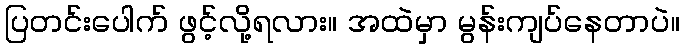
ပြတင်းပေါက် ဖွင့်လို့ရလား။ အထဲမှာ မွန်းကျပ်နေတာပဲ။